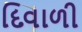
દિવાળી